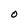
Character: O